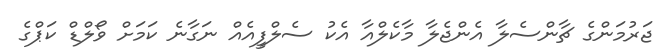
ޖަރުމަންގެ ޗާންސެލާ އެންޖެލާ މާކެލްއާ އެކު ސެލްފީއެއް ނަގާނެ ކަމަށް ވޯލްޑް ކަޕްގެ